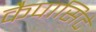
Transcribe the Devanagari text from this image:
कैपासिटे